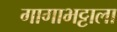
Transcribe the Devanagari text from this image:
गागाभट्टाला